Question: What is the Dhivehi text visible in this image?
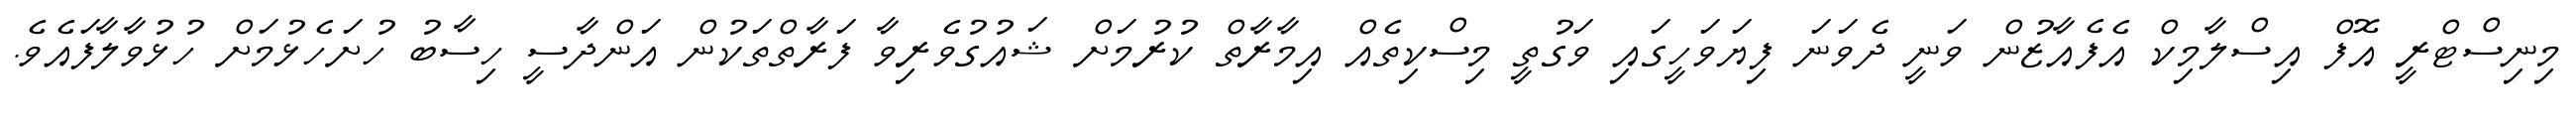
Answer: މިނިސްޓްރީ އޮފް އިސްލާމިކް އެފެއާޒުން ވަނީ ދެވަނަ ފިޔަވަހީގައި ވަގުތީ މިސްކިތެއް އިމާރާތް ކުރުމަށް ޝައުގުވެރިވާ ފަރާތްތަކުން އަންދާސީ ހިސާބު ހުށަހެޅުމަށް ހުޅުވާލާފައެވެ.